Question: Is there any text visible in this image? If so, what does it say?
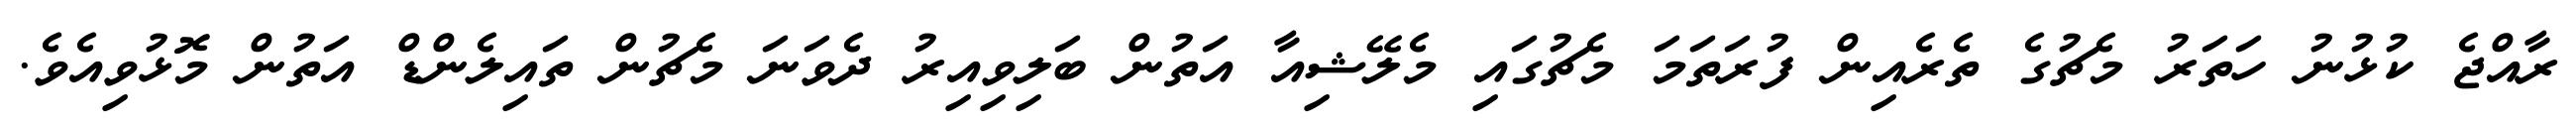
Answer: ރާއްޖެ ކުޅުނު ހަތަރު މެޗުގެ ތެރެއިން ފުރަތަމަ މެޗުގައި މެލޭޝިއާ އަތުން ބަލިވިއިރު ދެވަނަ މެޗުން ތައިލެންޑް އަތުން މޮޅުވިއެވެ.